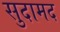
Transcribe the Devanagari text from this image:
सुदामद